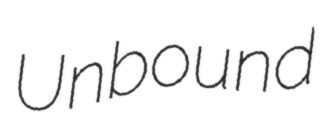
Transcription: Unbound